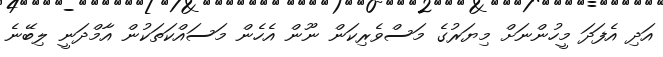
އަދި އެފަދަ މީހުންނަށް މިޔަރުގެ މަސްވެރިކަން ނޫން އެހެން މަސައްކަތަކުން އާމްދަނީ ލިބޭނެ